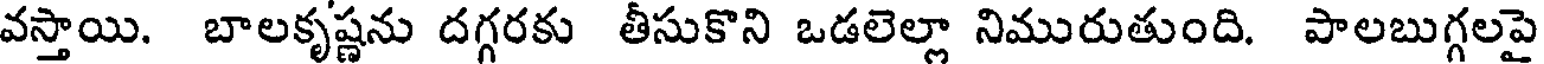
వస్తాయి. బాలకృష్ణను దగ్గరకు తీసుకొని ఒడలెల్లా నిమురుతుంది. పాలబుగ్గలపై